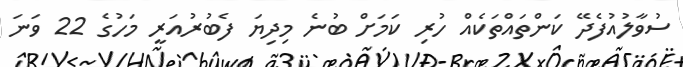
ސުވާލުއުފެދޭ ކަންތައްތަކެއް ހުރި ކަމަށް ބުނެ މިދިޔަ ފެބުރުއަރީ މަހުގެ 22 ވަނަ